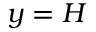
y = H